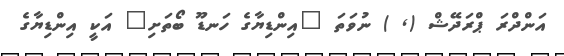
އަންދްރަ ޕްރަދޭޝް (